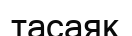
тасаяқ